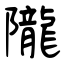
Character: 隴